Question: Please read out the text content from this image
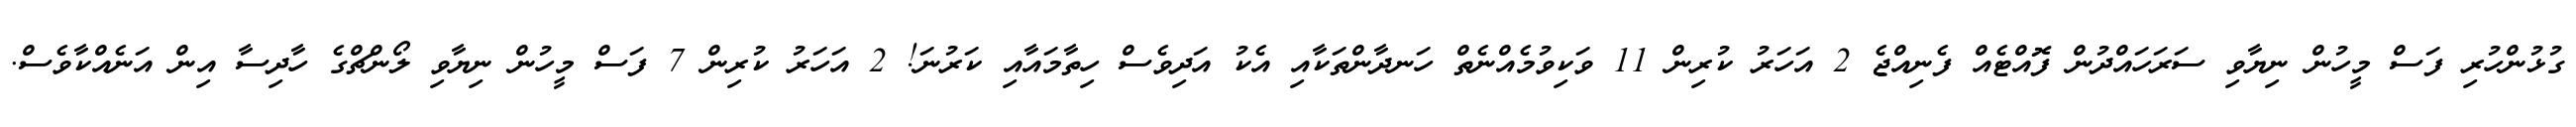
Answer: ގުޅުންހުރި ފަސް މީހުން ނިޔާވި ސަރަހައްދުން ފޮއްޓެއް ފެނިއްޖެ 2 އަހަރު ކުރިން 11 ވަކިވުމެއްނެތް ހަނދާންތަކާއި އެކު އަދިވެސް ހިތާމައާއި ކަރުނަ! 2 އަހަރު ކުރިން 7 ފަސް މީހުން ނިޔާވި ލޯންޗްގެ ހާދިސާ އިން އަނެއްކާވެސް.